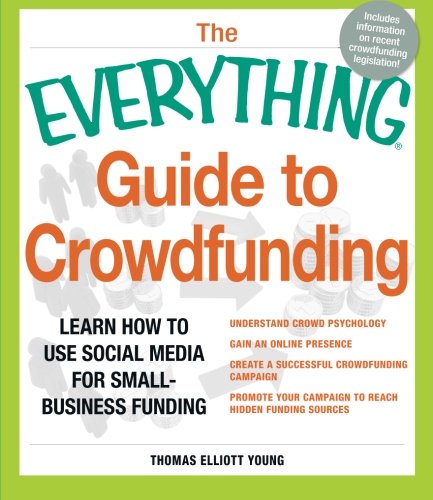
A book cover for The Everything Guide to Crowdfunding: Learn how to use social media for small-business funding; Thomas Elliott Young; Business & Money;